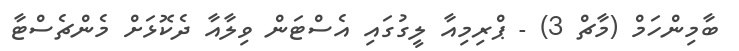
ބާމިންހަމް (މާޗް 3) - ޕްރިމިއާ ލީގުގައި އެސްޓަން ވިލާއާ ދެކޮޅަށް މެންޗެސްޓާ